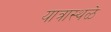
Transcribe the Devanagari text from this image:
यात्रास्थळे